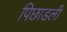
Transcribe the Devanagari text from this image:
पिछाडली